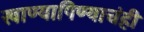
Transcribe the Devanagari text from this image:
खाण्यापिण्याचंही